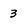
Character: 3